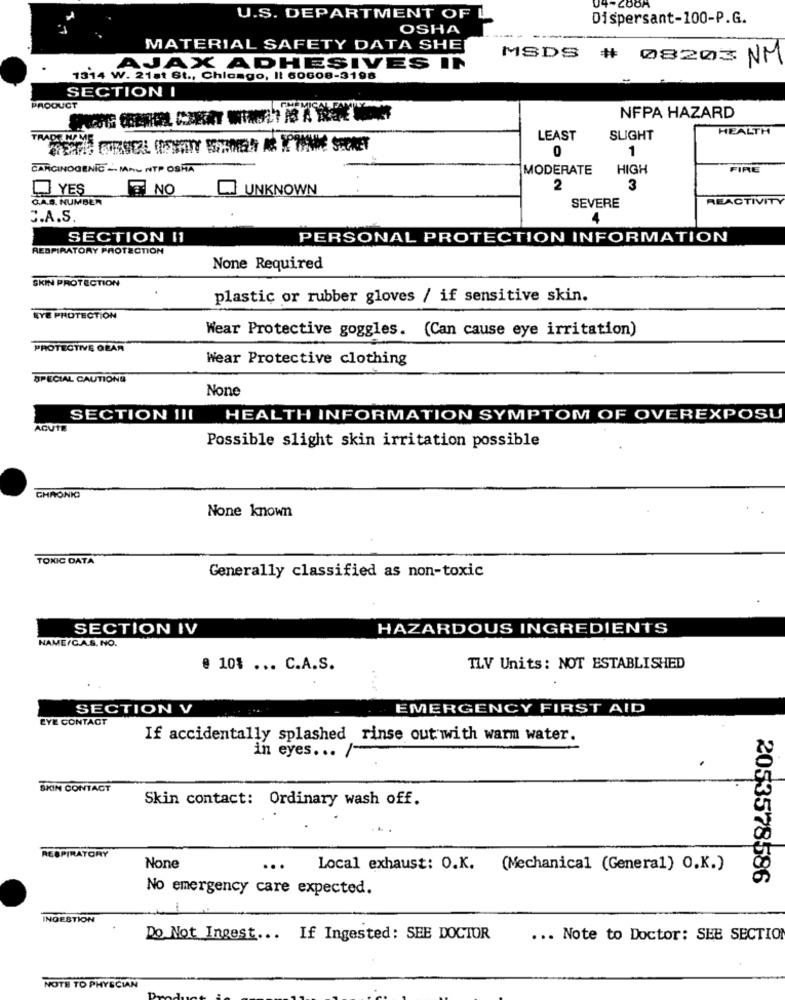
U.S. DEPARTMENT OF L
Dispersant-100-P.G.
OSHA
MATERIAL SAFETY DATA SHE
MSDS # 08203 NM
AJAX ADHESIVES IN
1514 W. 21st St ., Chicago, Il 60608-3198
SECTION I
PRODUCT
NFPA HAZARD
HEALTH
TRADE NAME
LEAST
SLIGHT
1
0
CARCINOGENIC - MAU NTP OSHA
MODERATE
HIGH
FIRE
LYES
NO
UNKNOWN
2
3
G.A.S. NUMBER
REACTIVITY
SEVERE
C.A.S.
4
SECTION 11
PERSONAL PROTECTION INFORMATION
RESPIRATORY PROTECTION
None Required
SKIN PROTECTION
plastic or rubber gloves / if sensitive skin.
EYE PROTECTION
Wear Protective goggles. (Can cause eye irritation)
PROTECTIVE GEAR
Wear Protective clothing
SPECIAL CAUTIONS
SECTION III
HEALTH INFORMATION SYMPTOM OF OVEREXPOSU
ACUTE
Possible slight skin irritation possible
CHRONIC
None known
TOXIC DATA
Generally classified as non-toxic
SECTION IV
HAZARDOUS INGREDIENTS
NAME/C.A.S. NO.
@ 10% ... C.A.S.
TLV Units: NOT ESTABLISHED
SECTION V
EMERGENCY FIRST AID
EYE CONTACT
If accidentally splashed rinse out with warm water.
in eyes ...
SKIN CONTACT
Skin contact: Ordinary wash off.
RESPIRATORY
...
Local exhaust: O.K.
(Mechanical (General) O.K.)
2053578586
No emergency care expected.
INGESTION
Do Not Ingest ... If Ingested: SEE DOCTOR
... Note to Doctor: SEE SECTION
NOTE TO PHYSCIAN